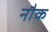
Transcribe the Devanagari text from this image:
नौक